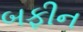
બફીન